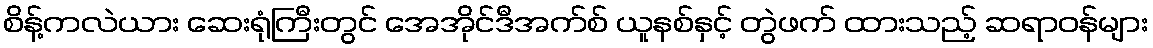
စိန့်ကလဲယား ဆေးရုံကြီးတွင် အေအိုင်ဒီအက်စ် ယူနစ်နှင့် တွဲဖက် ထားသည့် ဆရာဝန်များ